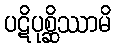
ပဋိပုစ္ဆိဿာမိ